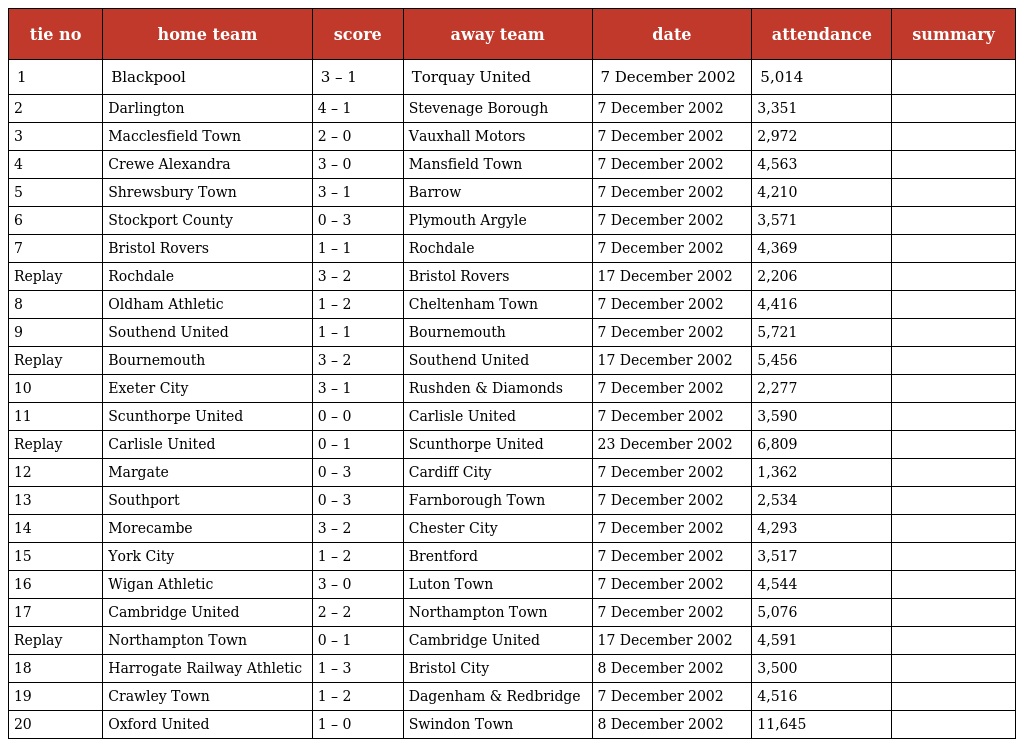
| tie no | home team | score | away team | date | attendance | summary |
 | --- | --- | --- | --- | --- | --- | --- |
 | 1 | Blackpool | 3 – 1 | Torquay United | 7 December 2002 | 5,014 |  |
 | 2 | Darlington | 4 – 1 | Stevenage Borough | 7 December 2002 | 3,351 |  |
 | 3 | Macclesfield Town | 2 – 0 | Vauxhall Motors | 7 December 2002 | 2,972 |  |
 | 4 | Crewe Alexandra | 3 – 0 | Mansfield Town | 7 December 2002 | 4,563 |  |
 | 5 | Shrewsbury Town | 3 – 1 | Barrow | 7 December 2002 | 4,210 |  |
 | 6 | Stockport County | 0 – 3 | Plymouth Argyle | 7 December 2002 | 3,571 |  |
 | 7 | Bristol Rovers | 1 – 1 | Rochdale | 7 December 2002 | 4,369 |  |
 | Replay | Rochdale | 3 – 2 | Bristol Rovers | 17 December 2002 | 2,206 |  |
 | 8 | Oldham Athletic | 1 – 2 | Cheltenham Town | 7 December 2002 | 4,416 |  |
 | 9 | Southend United | 1 – 1 | Bournemouth | 7 December 2002 | 5,721 |  |
 | Replay | Bournemouth | 3 – 2 | Southend United | 17 December 2002 | 5,456 |  |
 | 10 | Exeter City | 3 – 1 | Rushden & Diamonds | 7 December 2002 | 2,277 |  |
 | 11 | Scunthorpe United | 0 – 0 | Carlisle United | 7 December 2002 | 3,590 |  |
 | Replay | Carlisle United | 0 – 1 | Scunthorpe United | 23 December 2002 | 6,809 |  |
 | 12 | Margate | 0 – 3 | Cardiff City | 7 December 2002 | 1,362 |  |
 | 13 | Southport | 0 – 3 | Farnborough Town | 7 December 2002 | 2,534 |  |
 | 14 | Morecambe | 3 – 2 | Chester City | 7 December 2002 | 4,293 |  |
 | 15 | York City | 1 – 2 | Brentford | 7 December 2002 | 3,517 |  |
 | 16 | Wigan Athletic | 3 – 0 | Luton Town | 7 December 2002 | 4,544 |  |
 | 17 | Cambridge United | 2 – 2 | Northampton Town | 7 December 2002 | 5,076 |  |
 | Replay | Northampton Town | 0 – 1 | Cambridge United | 17 December 2002 | 4,591 |  |
 | 18 | Harrogate Railway Athletic | 1 – 3 | Bristol City | 8 December 2002 | 3,500 |  |
 | 19 | Crawley Town | 1 – 2 | Dagenham & Redbridge | 7 December 2002 | 4,516 |  |
 | 20 | Oxford United | 1 – 0 | Swindon Town | 8 December 2002 | 11,645 |  |